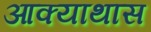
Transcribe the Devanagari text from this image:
आक्याथास